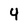
Character: 4